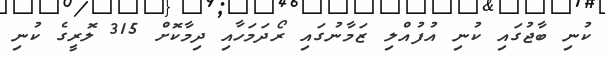
ކުނި ބާޖުގައި ކުނި އުފުއްލި ޒަމާނުގައި ރޯދަމަހާއި ދިމާކޮށް 315 ލޮރީގެ ކުނި